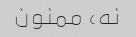
نه، ممنون